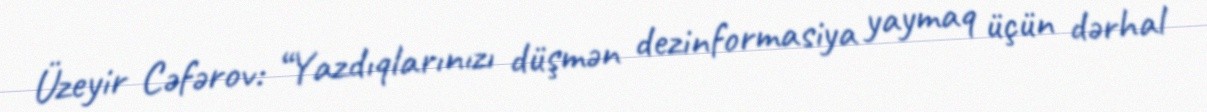
Üzeyir Cəfərov: “Yazdıqlarınızı düşmən dezinformasiya yaymaq üçün dərhal